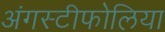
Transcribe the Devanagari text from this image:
अंगस्टीफोलिया